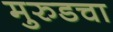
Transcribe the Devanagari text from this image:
मुरुडचा